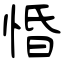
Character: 惛